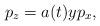
LaTeX: \begin{align*}p_z=a(t)y p_x,\end{align*}